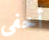
أخفى